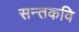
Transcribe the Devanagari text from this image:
सन्तकवि